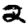
Digit: 2